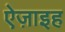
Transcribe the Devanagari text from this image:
ऐज़ाइह